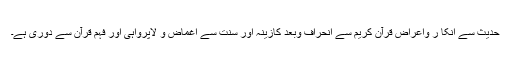
حدیث سے انکا ر واعراض قرآن کریم سے انحراف وبُعد کازینہ اور سنت سے اغماض و لاپرواہی اور فہم قرآن سے دوری ہے۔